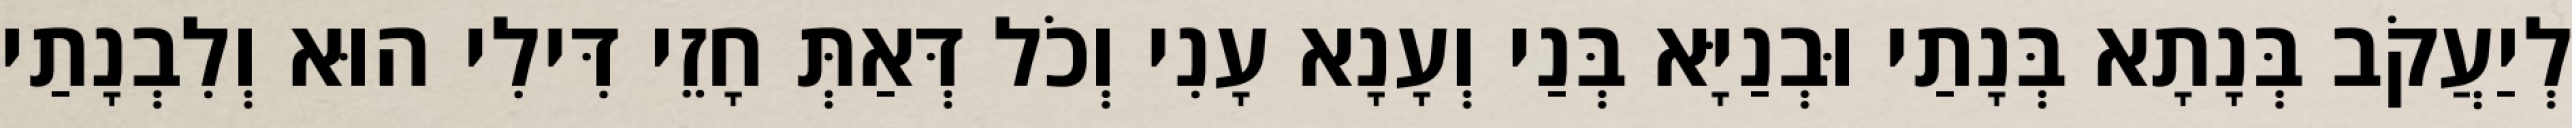
לְיַעֲקֹב בְּנָתָא בְּנָתַי וּבְנַיָּא בְּנַי וְעָנָא עָנִי וְכֹל דְּאַתְּ חָזֵי דִּילִי הוּא וְלִבְנָתַי